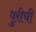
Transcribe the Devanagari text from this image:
पुरीची